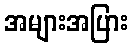
အများအပြား